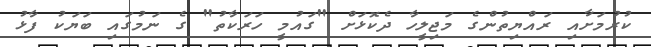
ކުރުމަށާއި ރައްޔިތުންގެ މަޖިލީހާ ދެކޮޅަށް "ގައުމީ ހަރަކާތު" ގެ ނަމުގައި ބަޔަކު ފާޅު